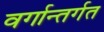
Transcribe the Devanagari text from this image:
वर्गान्तर्गत